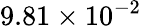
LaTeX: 9.81\times 10^{-2}